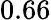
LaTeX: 0.66